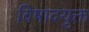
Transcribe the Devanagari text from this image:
विषादयुक्त